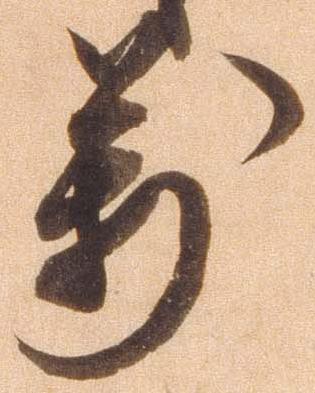
万